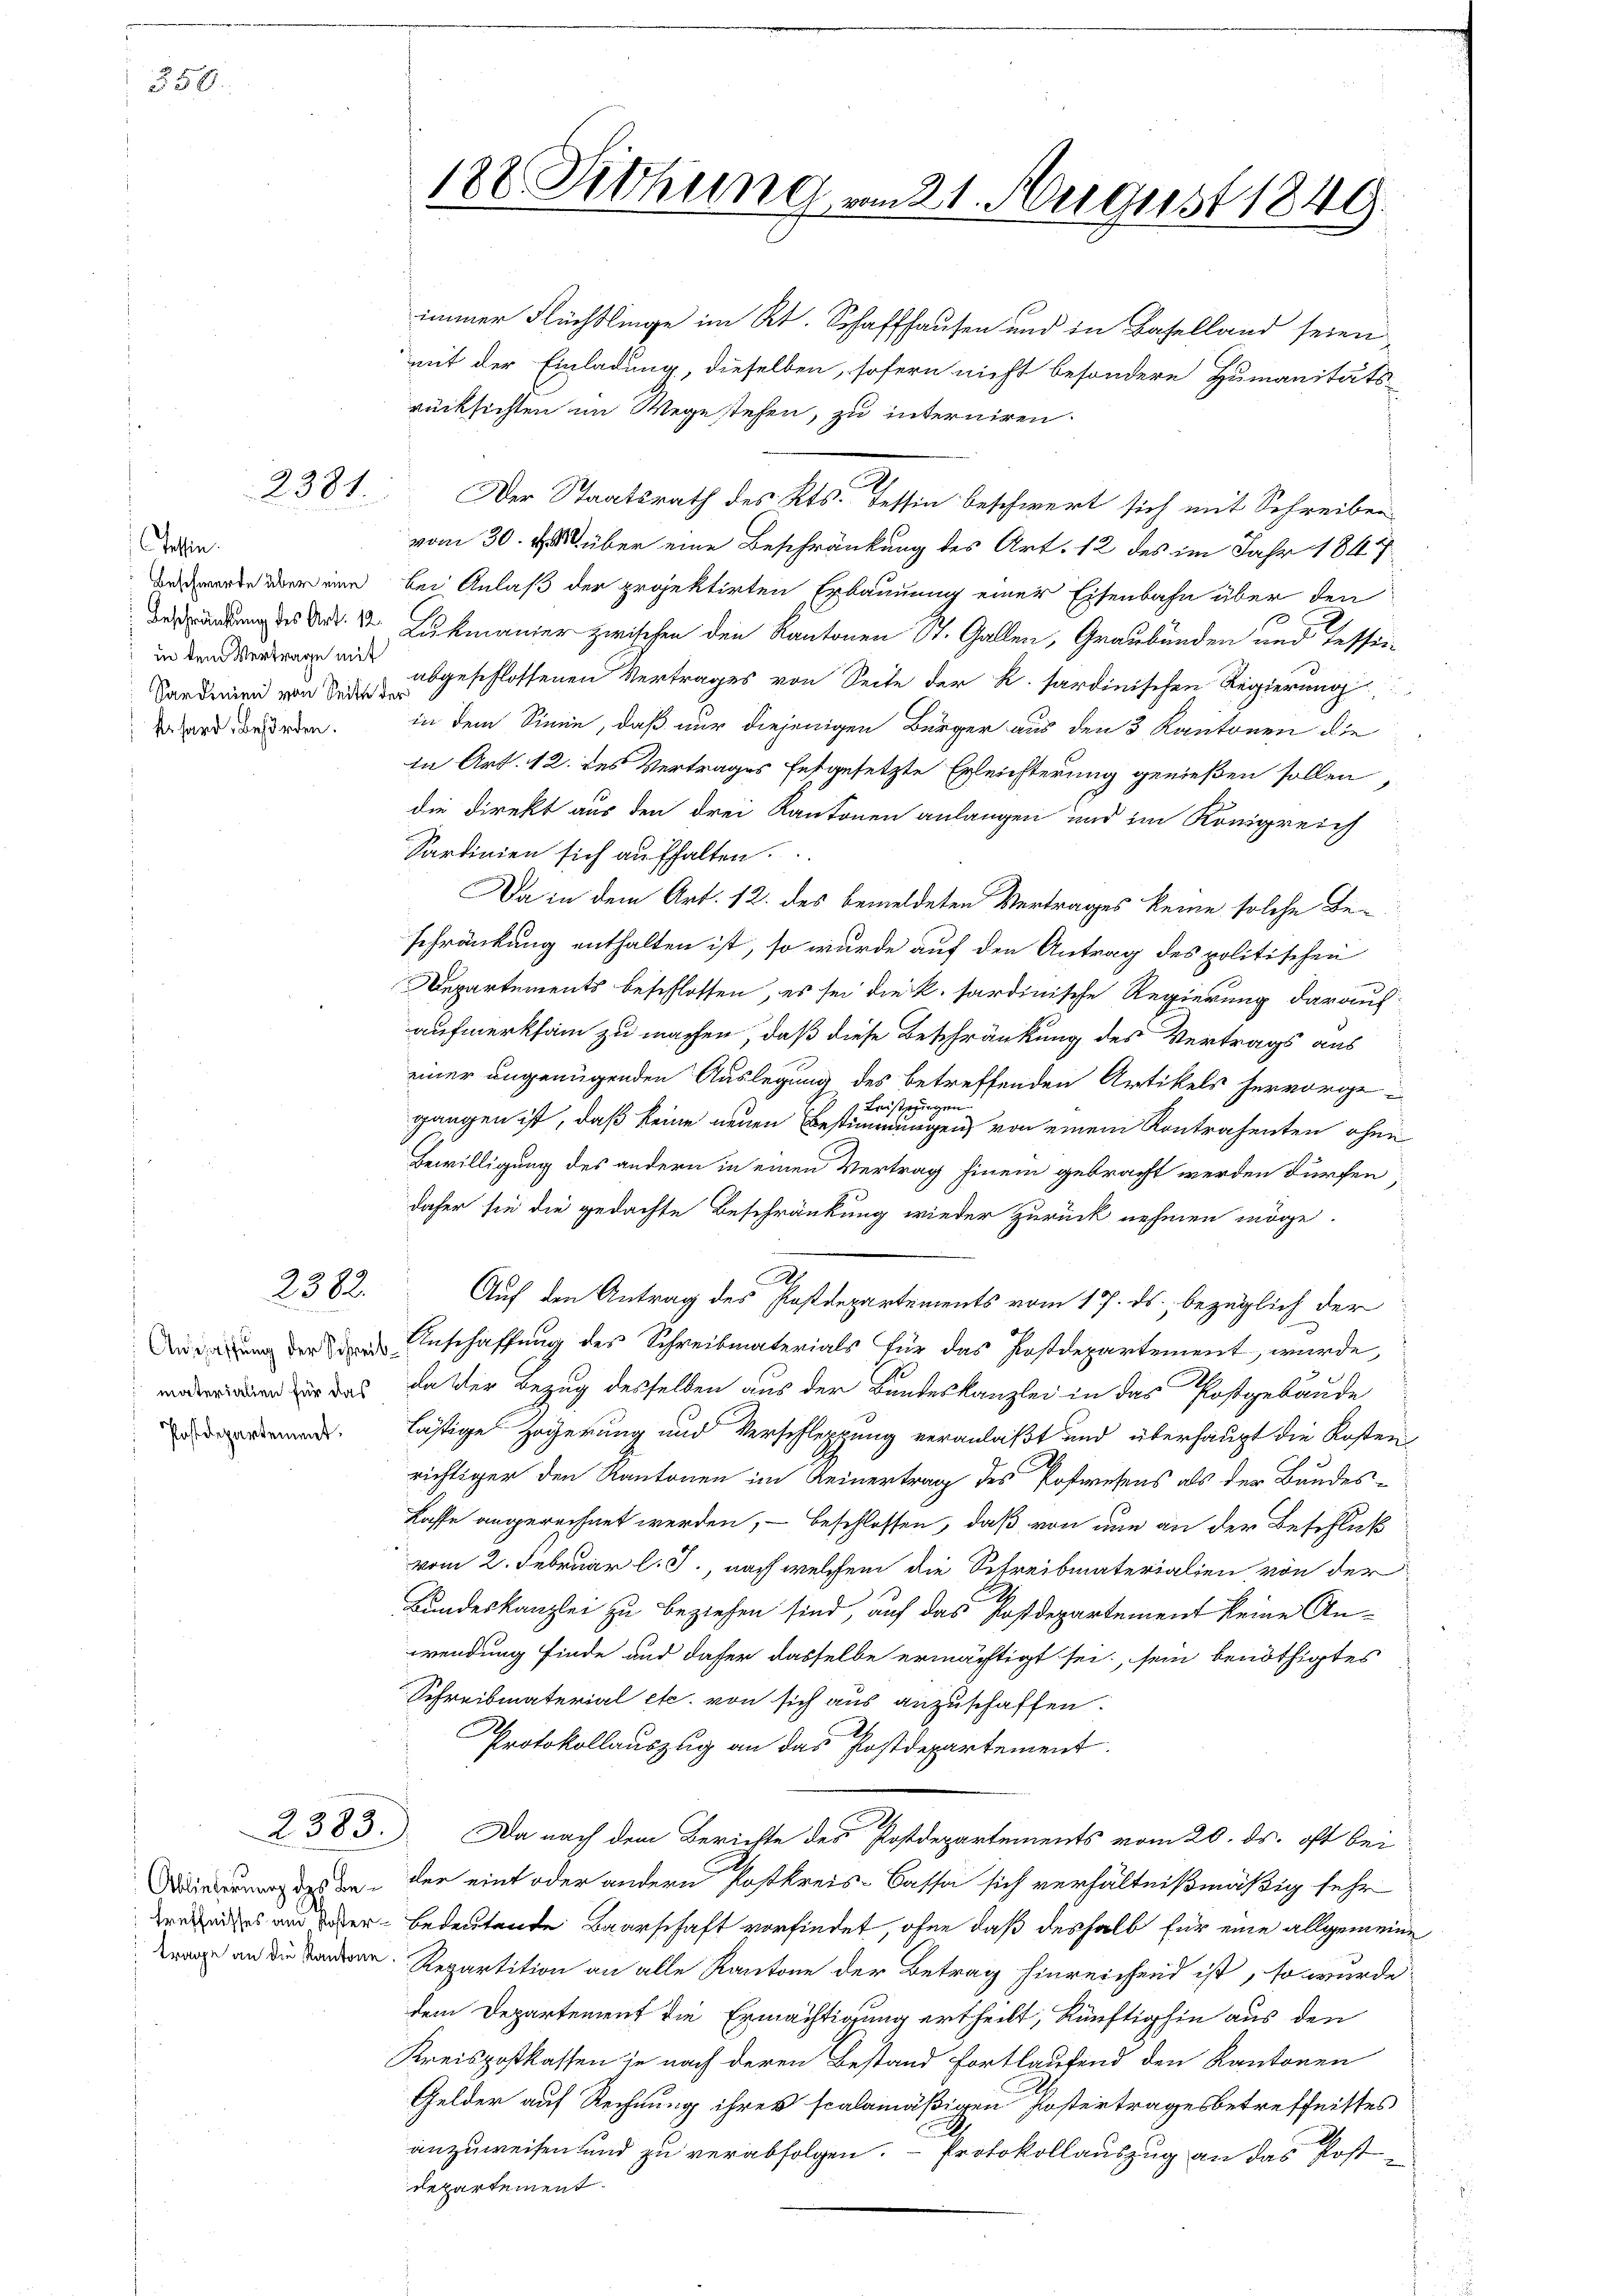
350.

2381.

Tessin.
in dem Vertrage mit

2382.

materialien für das
Postdepartement.

Ablieferung des Be¬

182 Sitzung vom 21. August 1849.

immer Flüchtlinge im Kt. Schaffhausen und in Baselland seien,
mit der Einladung, dieselben, sofern nicht besondere Humanitäts-
rücksichten im Wege stehen, zu interniren.
Der Staatsrath des Kts. Tessin beschwert sich mit Schreiben
vom 30. v. M. über eine Beschränkung des Art. 12 des im Jahr 1817
 er eine bei Anlaß der projektirten Erbauung einer Eisenbahn über den
dung der Dr. v. Lukmanier zwischen den Kantonen St. Gallen, Graubünden und beschei¬
Sardinien von 3 abgeschlossenen Vertrages von Seite der K. Sardinischen Regierung
hard werden. in dem Sinne, daß nur diejenigen Bürger aus den 3 Kantonen die
in Art. 12. des Vertrages festgesetzte Erleichterung genießen sollen,
die Direkt aus den drei Kantonen anlangen und im Königreich
Sardinien sich aufhalten.
Da in dem Art. 12. des bemeldeten Vertrages keine solche Be-
schränkung enthalten ist, so wurde auf den Antrag des politischen
Departements beschlossen, es sei die k. sardinische Regierung darauf
aufmerksam zu machen, daß diese Beschränkung des Vertrags aus
einer ungenügenden Auslegung des betreffenden Artikels hervorge¬
Leister
en
gangen ist, daß keine neuen Bestimmungen, von einem Kontrahenten ohne
Bewilligung des andern in einen Vertrag hinein gebracht werden dürfen
daher sie die gedachte Beschränkung wieder zurück nehmen möge.
A.
Auf den Antrag des Postdepartements vom 17. ds. bezüglich der
Anregung der den Anschaffung des Schreibmaterials für das Postdepartement, wurde,
da der Bezug desselben aus der Bundeskanzlei in das Postgebäude
lästige Zögerung und Verschleppung veranlaßt und überhaupt die Kosten
richtiger den Kantonen im Reinertrag des Postwesens als der Bundes¬
Lasse angerechnet werden, – beschlossen, daß von nun an der Beschluß
vom 2. Februar l. J., nach welchem die Schreibmaterialien von der
Bundeskanzlei zu beziehen sind, auf das Postdepartement keine Anwendung finde und daher dasselbe ermächtigt sei, sein benöthigtes
Schreibmaterial etc. von sich aus anzuschaffen.
Protokollauszug an das Postdepartement.
2383). Da nach dem Berichte des Postdepartements vom 20. ds. oft bei
der eint oder andern Postkreis-Cassa sich verhältnißmäßig sehr
weders und der bedeutende Baarschaft vorfindet, ohne daß deshalb für eine allgemeine
w an die Sondere Repartition an alle Kantone der Betrag hinreichend ist, so wurde
dem Departement die Ermächtigung ertheilt, künftighin aus den
Kreispostkassen je nach deren Bestand fortlaufend den Kantonen
Gelder auf Rechnung ihres scalamäßigen Postertrages betreffnisses
anzuweisen und zu verabfolgen. - Protokollauszug an das Post
departement